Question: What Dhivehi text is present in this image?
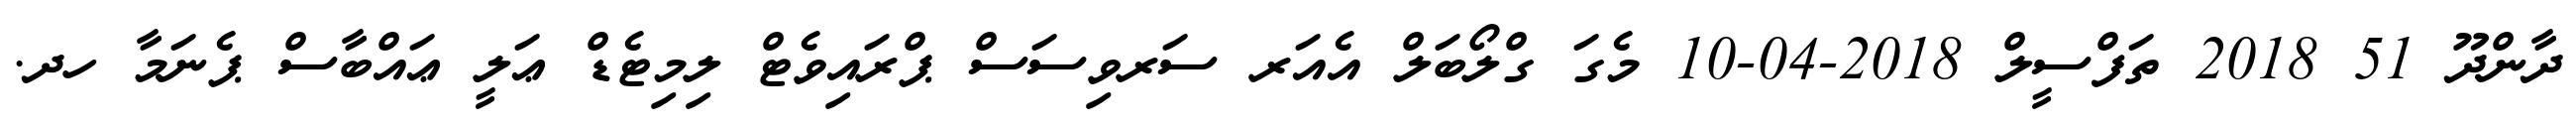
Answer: ދާންދޫ 51 2018 ތަފްސީލް 2018-04-10 މެގަ ގްލޯބަލް އެއަރ ސަރވިސަސް ޕްރައިވެޓް ލިމިޓެޑް ޢަލީ ޢައްބާސް ޕެނަމާ ހދ.